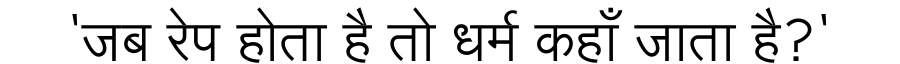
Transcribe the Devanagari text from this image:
'जब रेप होता है तो धर्म कहाँ जाता है?'